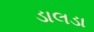
ડાલડા